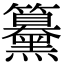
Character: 䵵